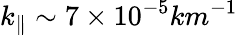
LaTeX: k_{\parallel}\sim 7\times 10^{-5}km^{-1}